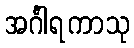
အင်္ဂါရကာသု